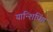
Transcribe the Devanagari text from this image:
यान्शिपिंग